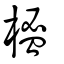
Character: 榓